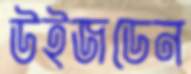
উইজডেন